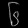
Digit: ၆